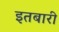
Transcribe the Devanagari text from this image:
इतबारी